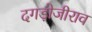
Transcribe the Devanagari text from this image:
दगड़ोजीराव